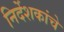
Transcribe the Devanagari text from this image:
निर्देशकांचे